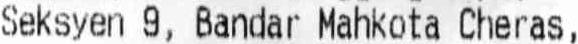
SEKSYEN 9, BANDAR MAHKOTA CHERAS,